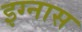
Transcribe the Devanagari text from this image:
इग्नास